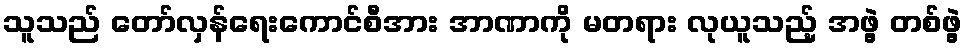
သူသည် တော်လှန်ရေးကောင်စီအား အာဏာကို မတရား လုယူသည့် အဖွဲ့ တစ်ဖွဲ့